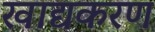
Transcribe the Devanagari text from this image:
खाद्यकरण